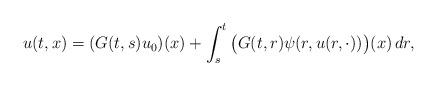
LaTeX: \begin{align*}u(t,x)= (G(t,s)u_0)(x)+\int_s^t \big(G(t,r)\psi(r,u(r,\cdot))\big)(x)\, dr,\end{align*}